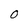
Character: O